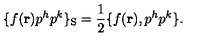
\{ f ( { \bf r } ) p ^ { h } p ^ { k } \} _ { \mathrm { S } } = { \frac { 1 } { 2 } } \{ f ( { \bf r } ) , p ^ { h } p ^ { k } \} .